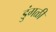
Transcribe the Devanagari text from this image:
डुंगळी